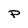
Character: P